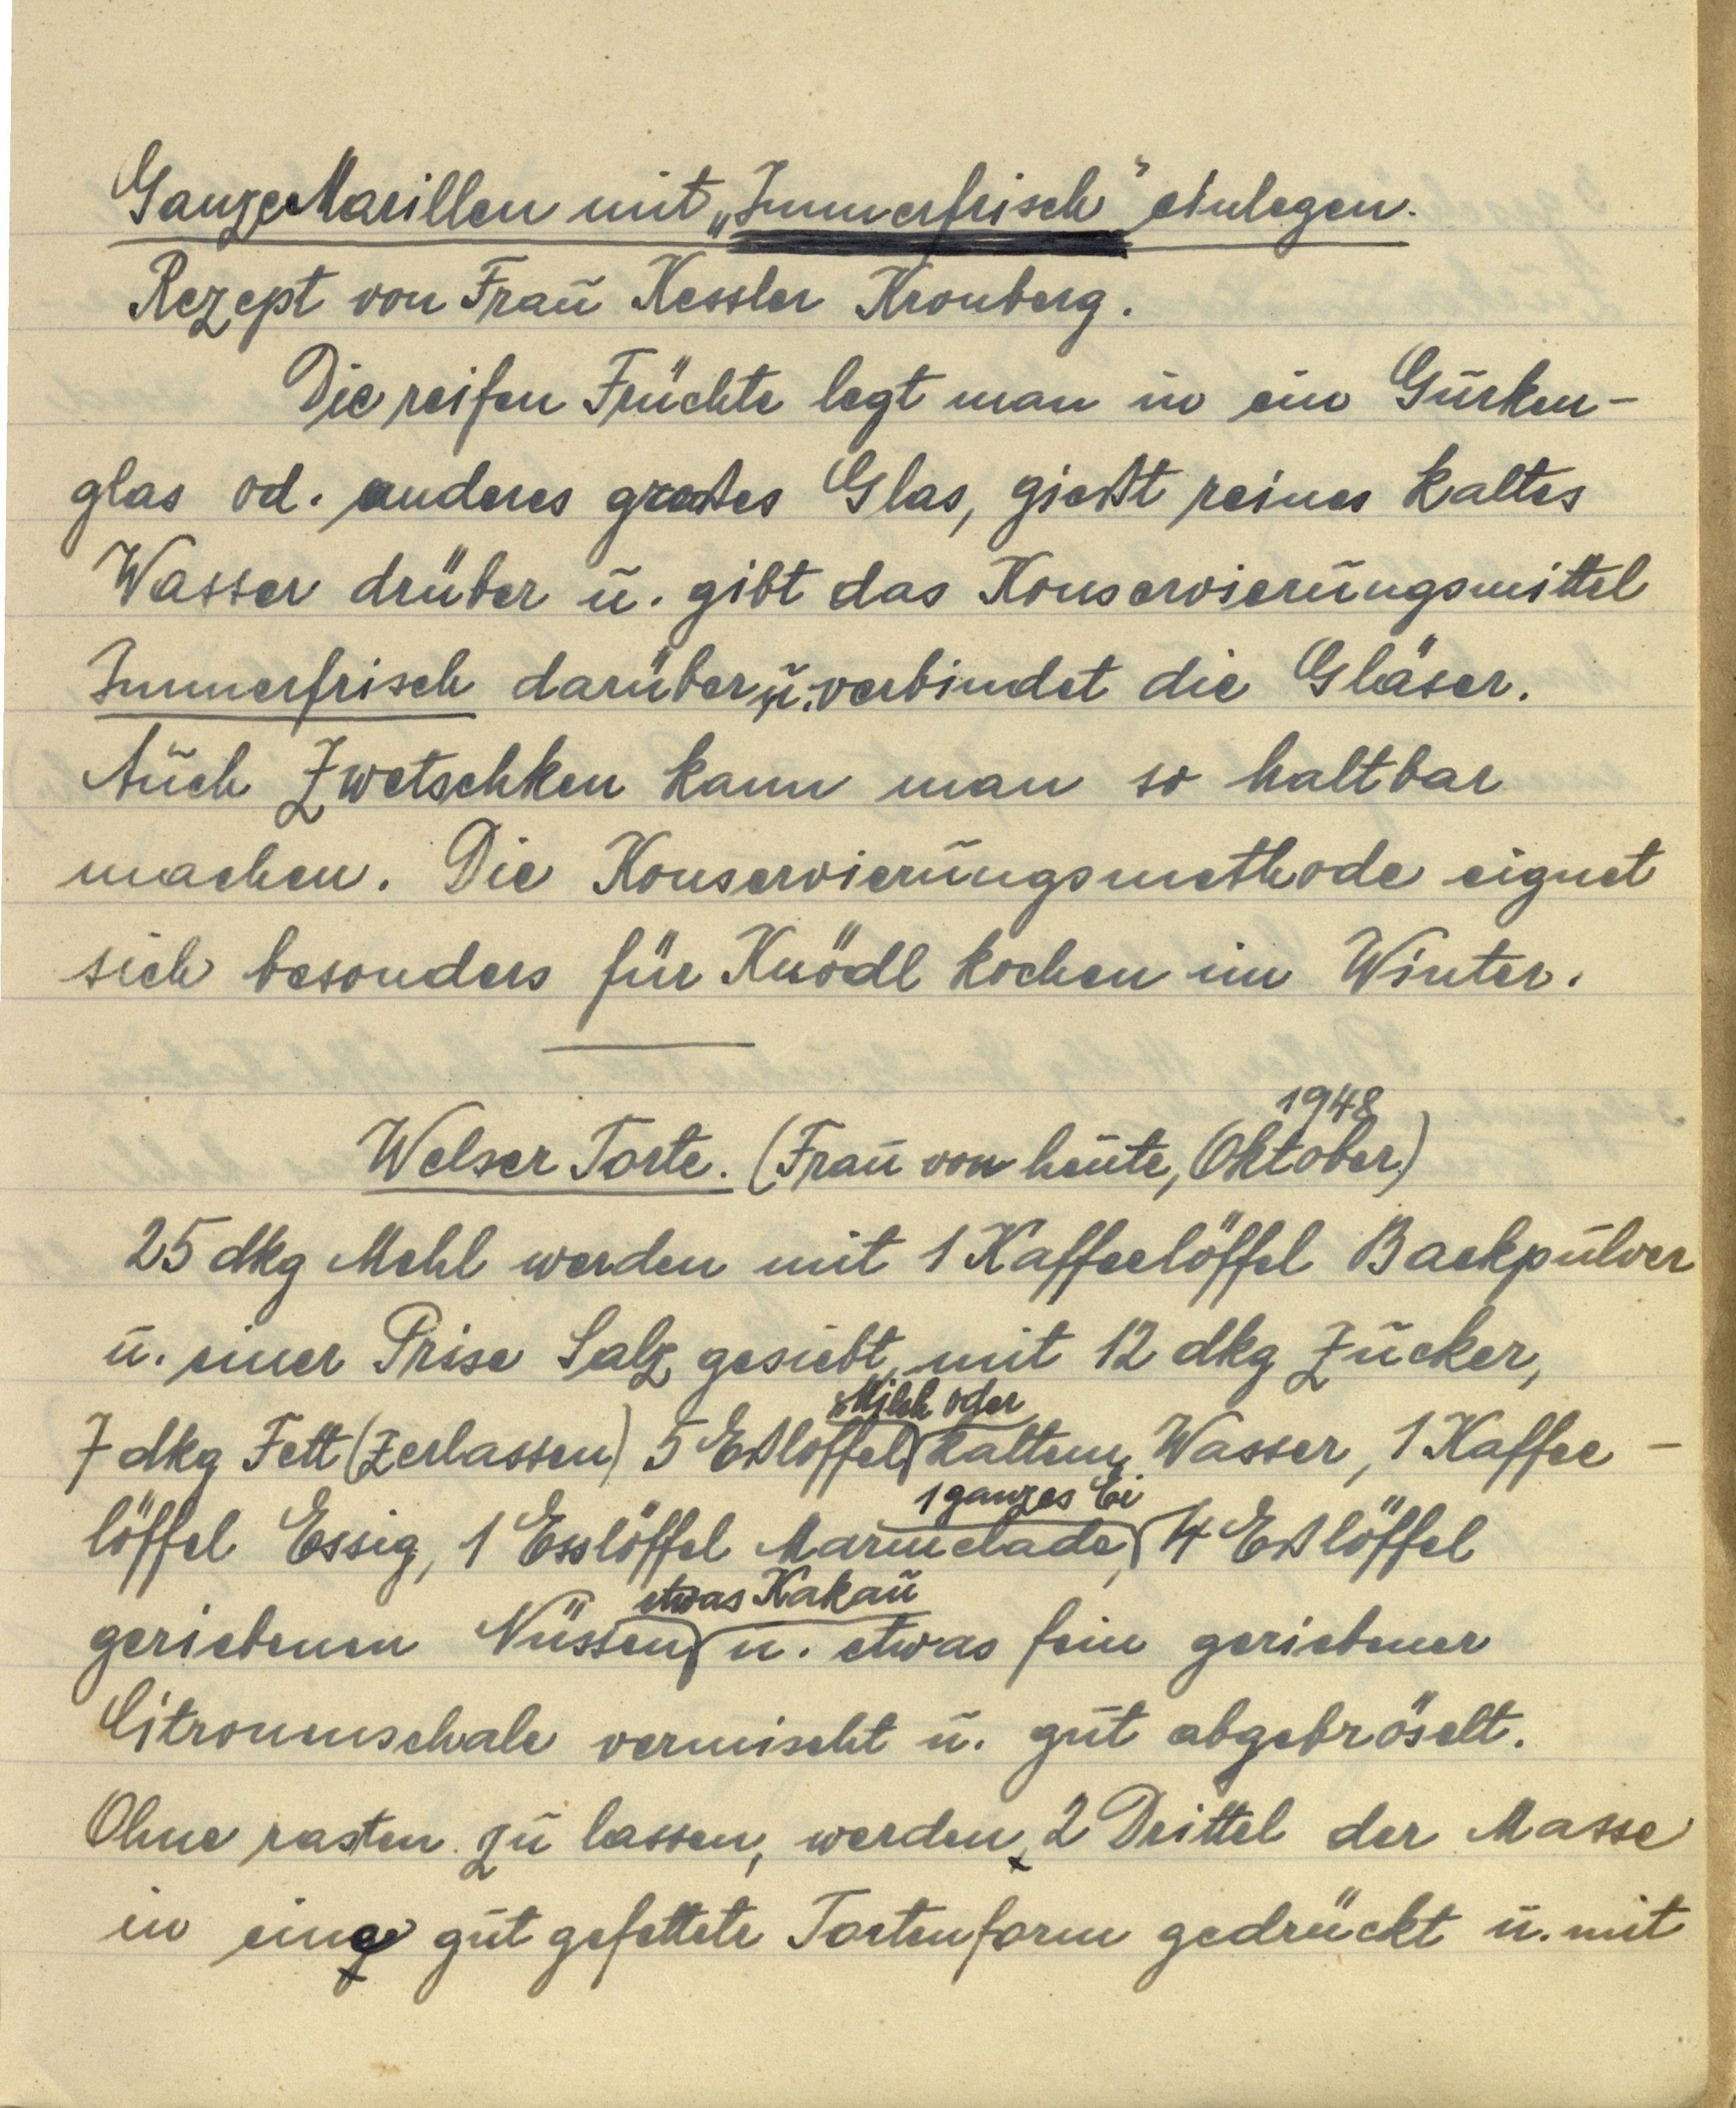
Ganze Marillen mit "Immerfrisch" einlegen.
Rezept von Frau Kessler Kronberg.
Die reifen Früchte legt man in ein Gurken¬
glas od. anderes großes Glas, gießt reines kaltes
Wasser drüber u. gibt das Konservierungsmittel
Immerfrisch darüber u. verbindet die Gläser.
Auch Zwetschken kann man so haltbar
machen. Die Konservierungsmethode eignet
sich besonders für Knödl kochen im Winter.

Welser Torte. (Frau von heute, Oktober 1948)
25 dkg mehl werden mit 1 Kaffeelöffel Backpulver
u. einer Prise Salz gesiebt, mit 12 dkg Zucker
7 dkg Fett (zerlassen) 5 Eßlöffel Milch oder kaltem Wasser, 1 Kaffee¬
löffel Essig, 1 Esslöffel Marmelade, 1 ganzes Ei, 4 Eßlöffel
geriebenen Nüssen etwas Kakau u. etwas fein geriebener
Citronenschale vermischt u. gut abgebröselt.
Ohne rasten zu lassen, werden 2 Drittel der Masse
in eine gut gefettete Tortenform gedrückt u. mit